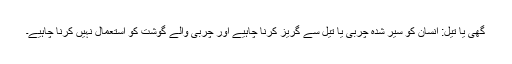
گھی یا تیل: انسان کو سیر شدہ چربی یا تیل سے گریز کرنا چاہیے اور چربی والے گوشت کو استعمال نہیں کرنا چاہیے۔